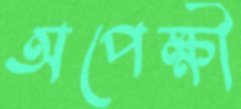
অপেক্ষী